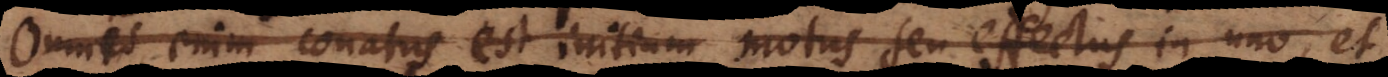
Omnis enim conatus est initium motus seu effectus in uno, et